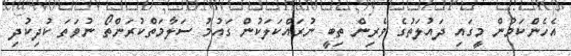
އެހެންކަމުން މީގައި ދައުލަތުގެ ވެރިން ތިބީ ނުރައްކަލަކުން ގައުމު ސަލާމަތްކުރަންތޯ ނުވަތަ ކުދިކުދި